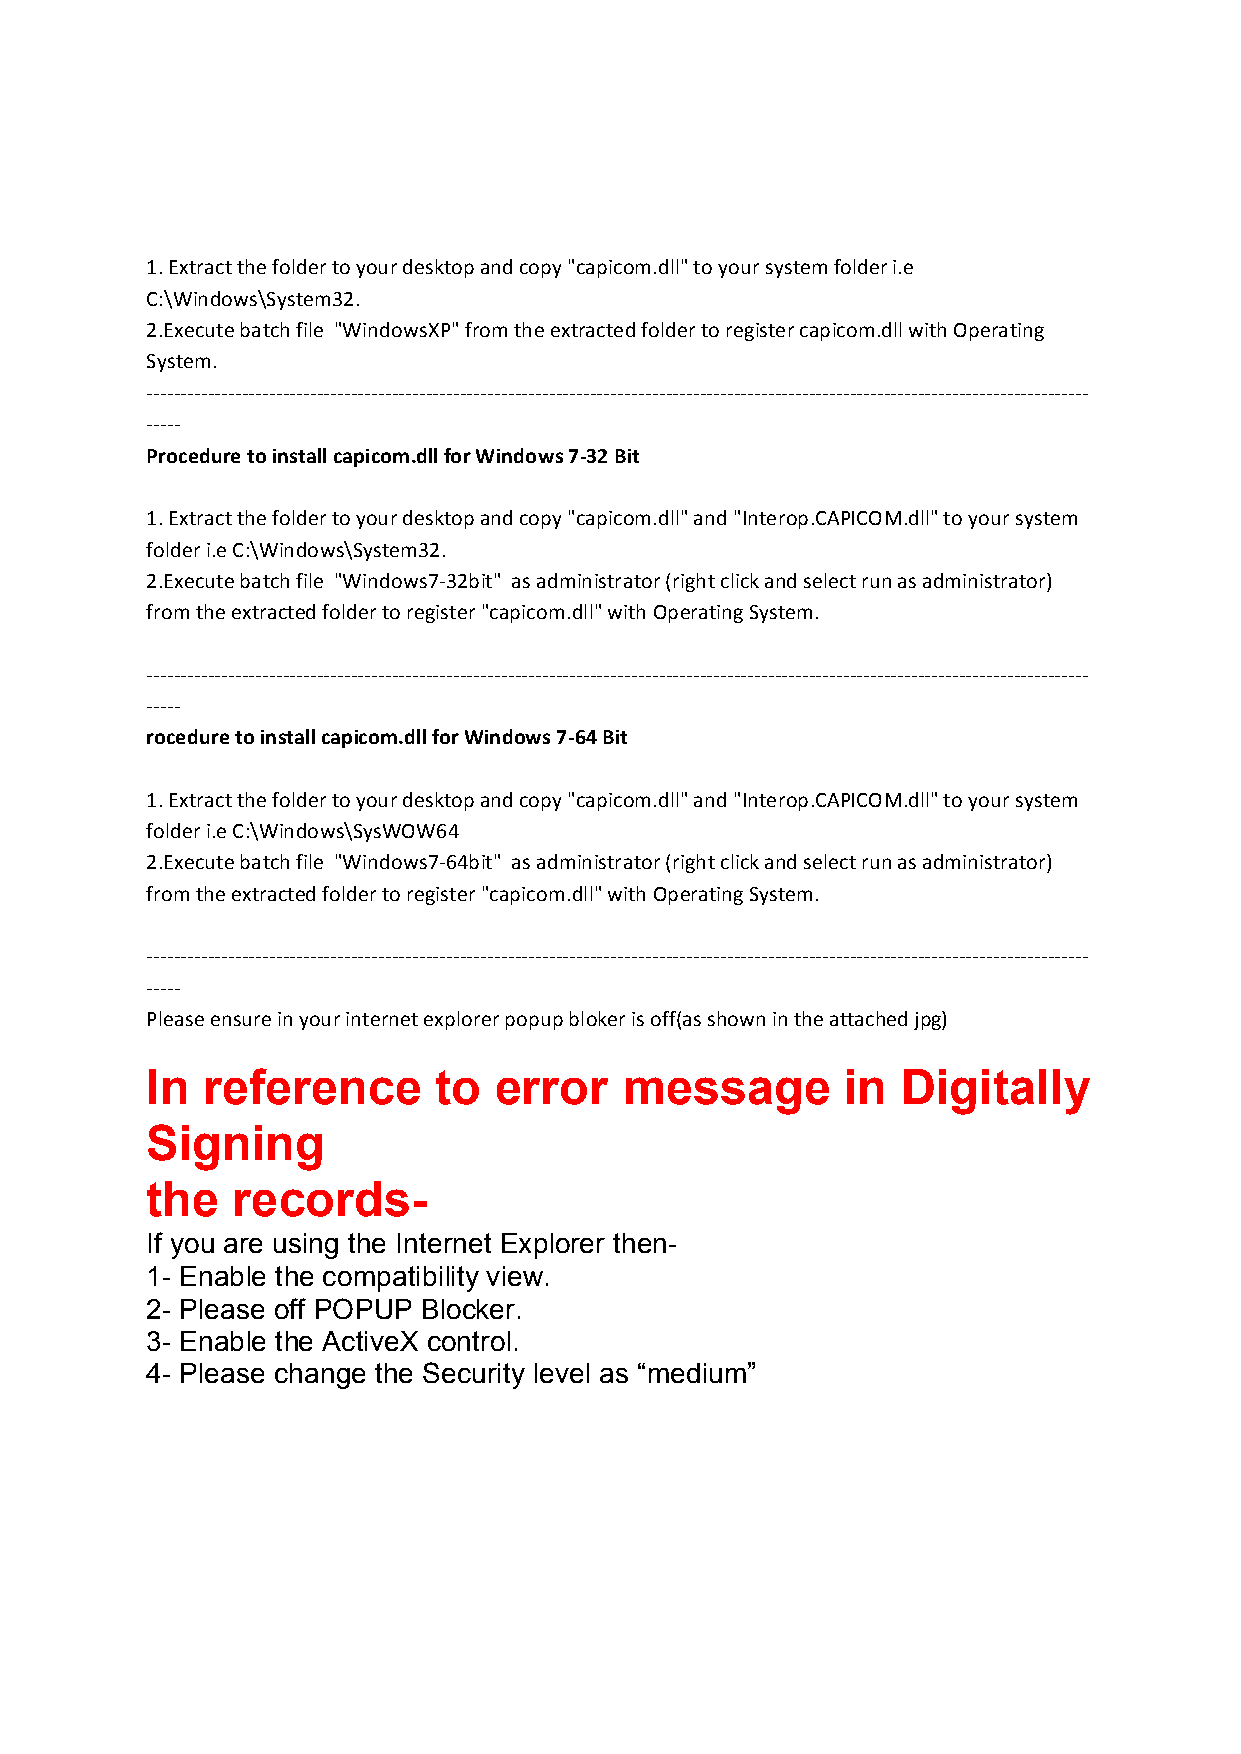
1. Extract the folder to your desktop and copy "capicom.dll" to your system folder i.e
 C:\Windows\System32.
 2.Execute batch file "WindowsXP" from the extracted folder to register capicom.dll with Operating
 System.
 ‐‐‐‐‐‐‐‐‐‐‐‐‐‐‐‐‐‐‐‐‐‐‐‐‐‐‐‐‐‐‐‐‐‐‐‐‐‐‐‐‐‐‐‐‐‐‐‐‐‐‐‐‐‐‐‐‐‐‐‐‐‐‐‐‐‐‐‐‐‐‐‐‐‐‐‐‐‐‐‐‐‐‐‐‐‐‐‐‐‐‐‐‐‐‐‐‐‐‐‐‐‐‐‐‐‐‐‐‐‐‐‐‐‐‐‐‐‐‐‐‐‐‐‐‐‐‐‐‐‐‐‐‐‐‐‐‐‐
 ‐‐‐‐‐
 Procedure to install capicom.dll for Windows 7‐32 Bit
 1. Extract the folder to your desktop and copy "capicom.dll" and "Interop.CAPICOM.dll" to your system
 folder i.eC:\Windows\System32.
 2.Execute batch file "Windows7‐32bit" as administrator (right click and select run as administrator)
 from the extracted folder to register "capicom.dll" with Operating System.
 ‐‐‐‐‐‐‐‐‐‐‐‐‐‐‐‐‐‐‐‐‐‐‐‐‐‐‐‐‐‐‐‐‐‐‐‐‐‐‐‐‐‐‐‐‐‐‐‐‐‐‐‐‐‐‐‐‐‐‐‐‐‐‐‐‐‐‐‐‐‐‐‐‐‐‐‐‐‐‐‐‐‐‐‐‐‐‐‐‐‐‐‐‐‐‐‐‐‐‐‐‐‐‐‐‐‐‐‐‐‐‐‐‐‐‐‐‐‐‐‐‐‐‐‐‐‐‐‐‐‐‐‐‐‐‐‐‐‐
 ‐‐‐‐‐
 rocedure to install capicom.dll for Windows 7‐64 Bit
 1. Extract the folder to your desktop and copy "capicom.dll" and "Interop.CAPICOM.dll" to your system
 folder i.eC:\Windows\SysWOW64
 2.Execute batch file "Windows7‐64bit" as administrator (right click and select run as administrator)
 from the extracted folder to register "capicom.dll" with Operating System.
 ‐‐‐‐‐‐‐‐‐‐‐‐‐‐‐‐‐‐‐‐‐‐‐‐‐‐‐‐‐‐‐‐‐‐‐‐‐‐‐‐‐‐‐‐‐‐‐‐‐‐‐‐‐‐‐‐‐‐‐‐‐‐‐‐‐‐‐‐‐‐‐‐‐‐‐‐‐‐‐‐‐‐‐‐‐‐‐‐‐‐‐‐‐‐‐‐‐‐‐‐‐‐‐‐‐‐‐‐‐‐‐‐‐‐‐‐‐‐‐‐‐‐‐‐‐‐‐‐‐‐‐‐‐‐‐‐‐‐
 ‐‐‐‐‐
 Please ensure in your internet explorer popup bloker is off(as shown in the attached jpg)
 In reference       to  error   message        in  Digitally
 Signing
 the  records­
 If you are using the Internet Explorer then­
 1­ Enable the compatibility view.
 2­ Please off POPUP Blocker.
 3­ Enable the ActiveX control.
 4­ Please change the Security level as “medium”